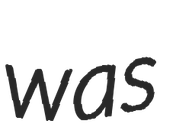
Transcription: was